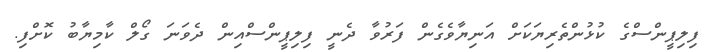
ފިލިޕީންސްގެ ކުޅުންތެރިޔަކަށް އަނިޔާވެގެން ފަރުވާ ދެނީ ފިލިޕީންސްއިން ދެވަނަ ގޯލް ކާމިޔާބު ކޮށްފި.